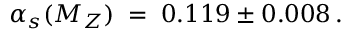
\alpha _ { s } ( M _ { Z } ) \; = \; 0 . 1 1 9 \pm 0 . 0 0 8 \, .